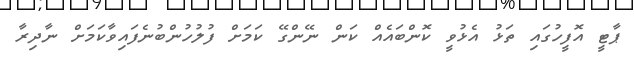
ޕާޓީ އޮފީހުގައި ތަޅު އެޅުވީ ކޮންބައެއް ކަން ނޭންގޭ ކަމަށް ފުލުހުންބުނެފައިވާކަމަށް ނާދިރާ